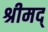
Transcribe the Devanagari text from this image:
श्रीमद्‌